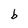
Character: b